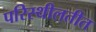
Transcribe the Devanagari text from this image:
परिस्थीलतीत